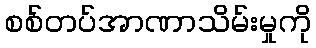
စစ်တပ်အာဏာသိမ်းမှုကို